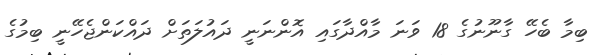
ބިމާ ބެހޭ ގާނޫނުގެ 18 ވަނަ މާއްދާގައި އޮންނަނީ ދައުލަތަށް ދައްކަންޖެހޭނީ ބިމުގެ